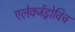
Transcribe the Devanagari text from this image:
एलेक्जेंड्रोविच